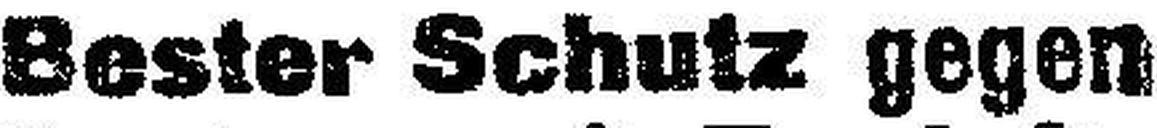
Bester Schutz gegen